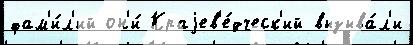
фам'и́л'ий он'и́ Краjев'е́дческ'ий вызыва́л'и